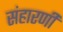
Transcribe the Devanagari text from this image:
संहारणी